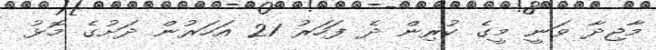
މާޖިދާ ވަނީ މީގެ ކުރިން ދެ ފަހަރު 21 އަހަރުން ދަށުގެ މޮޅު